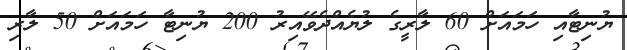
ޔުނިޓާއި ހަމައަށް 60 ލާރީގެ ލުޔެއްދެވޭއިރު 200 ޔުނިޓާ ހަމައަށް 50 ލާރި